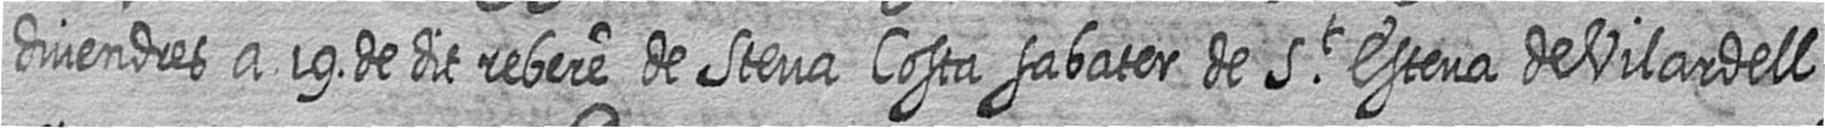
divendres a 19 de dit rebere de Steva Costa sabater de St Esteva de Vilardell